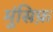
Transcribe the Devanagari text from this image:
मुंसिफ़